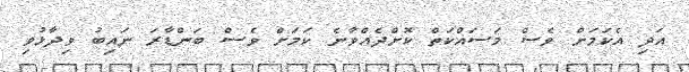
އަދި އެކަމަށް ވެސް މަސައްކަތް ކޮށްދެއްވާނެ ކަމަށް ވެސް ބަންޑާރަ ނައިބު ވިދާޅުވި